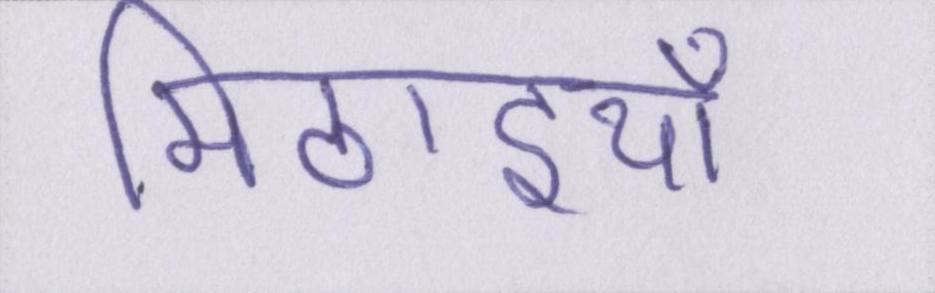
मिठाइयाँ